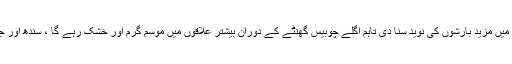
2015ء)محکمہ موسمیات نےکل ہفتہ سے اتوار تک ملک میں مزید بارشوں کی نوید سنا دی تاہم اگلے چوبیس گھنٹے کے دوران بیشتر علاقوں میں موسم گرم اور خشک رہے گا ، سندھ اور جنوبی پنجاب میں درجہ حرارت مزید بڑھنے کا امکان ہے۔